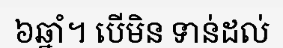
៦ឆ្នាំ។ បើមិន ទាន់ដល់